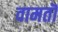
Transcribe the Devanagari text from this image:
वामतॊ